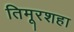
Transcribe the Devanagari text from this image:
तिमूरशहा